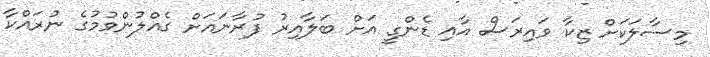
މިސާލަކަށް ޒިކާ ވައިރަސް އާއި ޑެންގީ އަށް ބަލާއިރު ފުރާނައަށް ގެއްލުންވުމުގެ ނުރައްކާ